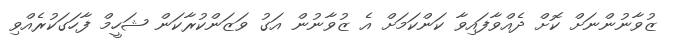
ޒުވާނުންނަށް ކޮށް ދެއްވާފައިވާ ކަންކަމަށް އެ ޒުވާނުން އަގު ވަޒަންކުރާކަން ޝަހީމް ފާހަގަކުރެއްވި